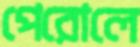
পেরোলে